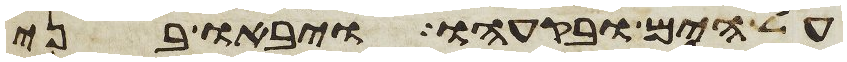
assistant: על הים ובקעהו ויבאו בני